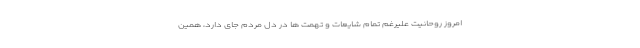
امروز روحانیت علیرغم تمام شایعات و تهمت ها در دل مردم جای دارد، همین